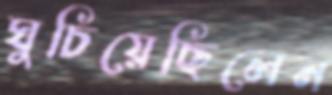
ঘুচিয়েছিলেন